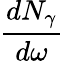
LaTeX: \frac{dN_{\gamma}}{d\omega}